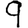
Digit: 9